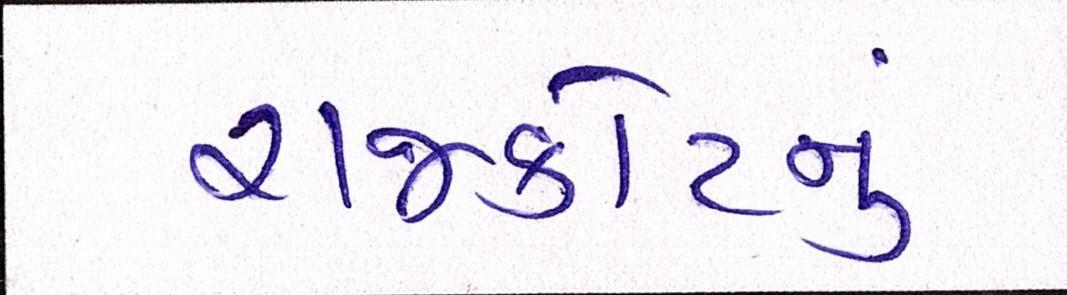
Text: રાજકોટનું